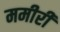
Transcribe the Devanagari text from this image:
ममीरी